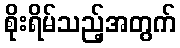
စိုးရိမ်သည့်အတွက်